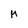
Character: M